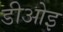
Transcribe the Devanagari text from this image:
डीओइ